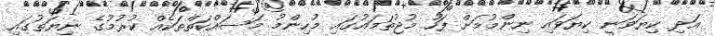
އަދި ކިޔަވަނީ ކިޔަވައި ނިންމުމަށް ފަހު މުޖުތަމައުގައި މުހިންމު މަސައްކަތްތަކެއް ކުރުމުގެ ނިޔަތުގައި